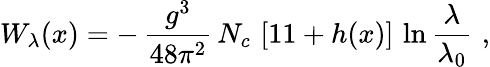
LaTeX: W_{\lambda}(x)=-\, {\frac{g^{3}}{48\pi^{2}}}\, N_{c}\, \left[11+h(x)\right]\, \ln{\frac{\lambda}{\lambda_{0}}}\, \, ,